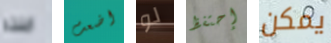
ابنته اضعت لو إحتفظ يمكن